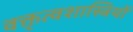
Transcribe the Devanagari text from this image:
वक्तृत्वशास्त्रियों